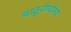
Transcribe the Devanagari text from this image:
चातुर्वर्ण्यस्य